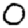
Digit: 0